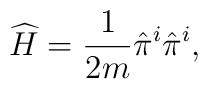
\widehat{H}=\frac{1}{2m}\hat{\pi}^{i}\hat{\pi}^{i},